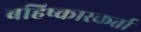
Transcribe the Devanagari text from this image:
बहिष्कारकर्ता